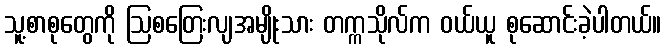
သူ့စာစုတွေကို ဩစတြေးလျအမျိုးသား တက္ကသိုလ်က ဝယ်ယူ စုဆောင်းခဲ့ပါတယ်။